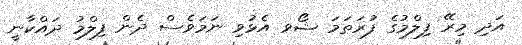
އަދި މިރޭ ފިލްމުގެ ފުރަތަމަ ޝޯވ އެޅުވި ނަމަވެސް ދެން ފިލްމު ދައްކާނީ